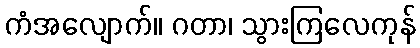
ကံအလျောက်။ ဂတာ၊ သွားကြလေကုန်